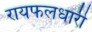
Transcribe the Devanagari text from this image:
रायफलधारी